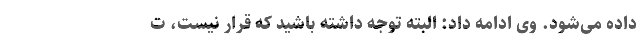
داده می‌شود. وی ادامه داد: البته توجه داشته باشید که قرار نیست، ت